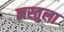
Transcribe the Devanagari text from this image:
नस्तुला